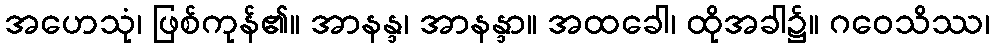
အဟေသုံ၊ ဖြစ်ကုန်၏။ အာနန္ဒ၊ အာနန္ဒာ။ အထခေါ၊ ထိုအခါ၌။ ဂဝေသိဿ၊